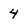
Character: 4